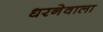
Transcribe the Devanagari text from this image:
धरनेवाला